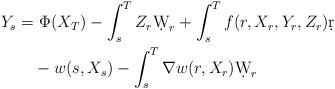
LaTeX: \begin{align*}{Y}_s= & \ \Phi( {X}_T)-\int^T_s {Z}_r\d {W}_r+\int^T_sf(r, {X}_r, {Y}_r,{Z}_r)\d r\\&-w(s, {X}_s)-\int^T_s \nabla w(r, {X}_r)\d {W}_r\end{align*}